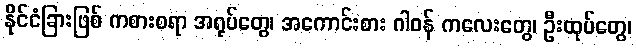
နိုင်ငံခြားဖြစ် ကစားစရာ အရုပ်တွေ၊ အကောင်းစား ဂါဝန် ကလေးတွေ၊ ဦးထုပ်တွေ၊